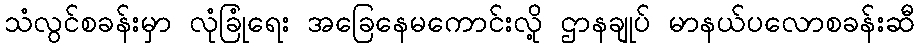
သံလွင်စခန်းမှာ လုံခြုံရေး အခြေနေမကောင်းလို့ ဌာနချုပ် မာနယ်ပလောစခန်းဆီ